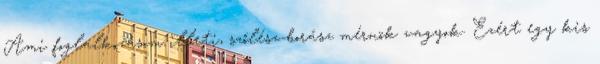
Ami foglalkozásom illeti, szőlész-borász mérnök vagyok. Ezért egy kis